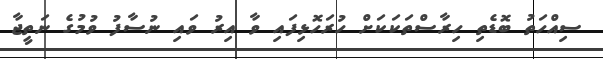
ސިއްހަތު ބޮޑެތި ހިރާސްތަކަކަށް ހުރަހޮޅިފައި ވާ އިރު ވައި ނުސާފު ވުމުގެ ނަތީޖާ